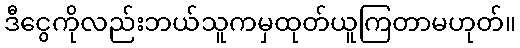
ဒီငွေကိုလည်းဘယ်သူကမှထုတ်ယူကြတာမဟုတ်။